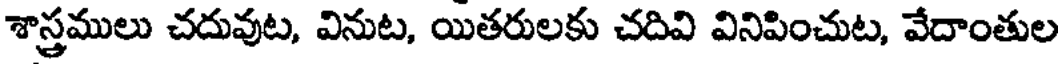
శాస్త్రములు చదువుట, వినుట, యితరులకు చదివి వినిపించుట, వేదాంతుల